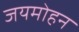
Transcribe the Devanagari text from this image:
जयमोहन